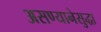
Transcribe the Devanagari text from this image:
असण्यानेसुद्धा